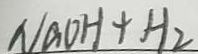
N a O H + H _ { 2 }